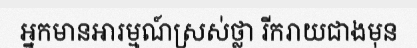
អ្នកមានអារម្មណ៍ស្រស់ថ្លា រីករាយជាងមុន